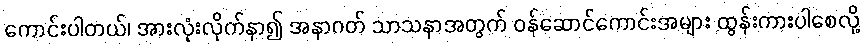
ကောင်းပါတယ်၊ အားလုံးလိုက်နာ၍ အနာဂတ် သာသနာအတွက် ဝန်ဆောင်ကောင်းအများ ထွန်းကားပါစေလို့